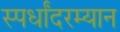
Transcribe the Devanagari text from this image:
स्पर्धांदरम्यान